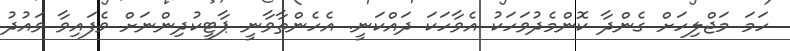
ހަމަ މަޖްލިހަށް ގެންދާ ކޮންމެދުވަހަކު އެވާހަކަ ދައްކަނީ. އެހެންތާވާނީ ޕާޓީކުދިންނަށް ވެފައިވާ ވައުދު